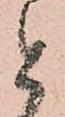
と